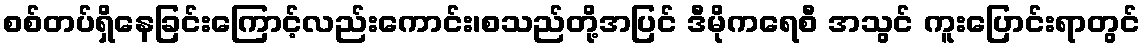
စစ်တပ်ရှိနေခြင်းကြောင့်လည်းကောင်း၊စသည်တို့အပြင် ဒီမိုကရေစီ အသွင် ကူးပြောင်းရာတွင်